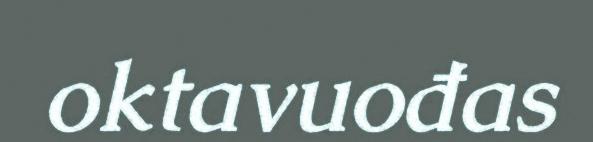
oktavuođas